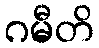
ဂမီတိ